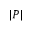
| P |